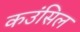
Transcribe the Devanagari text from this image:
कउंसिल